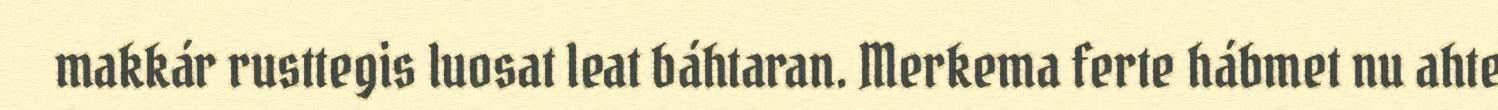
makkár rusttegis luosat leat báhtaran. Merkema ferte hábmet nu ahte